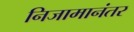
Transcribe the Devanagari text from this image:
निजामानंतर